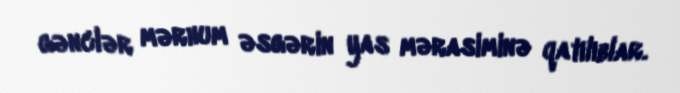
gənclər mərhum əsgərin yas mərasiminə qatılıblar.